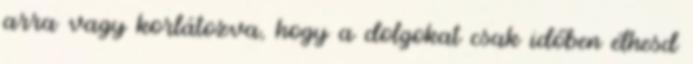
arra vagy korlátozva, hogy a dolgokat csak időben élhesd